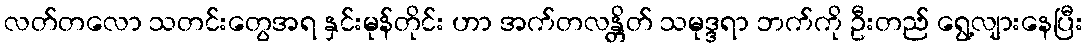
လတ်တလော သတင်းတွေအရ နှင်းမုန်တိုင်း ဟာ အက်တလန္တိတ် သမုဒ္ဒရာ ဘက်ကို ဦးတည် ရွေ့လျားနေပြီး